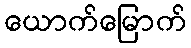
ယောက်မြောက်